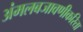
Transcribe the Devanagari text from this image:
अंमलबजावणीकरिता